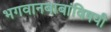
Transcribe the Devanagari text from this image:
भगवानबाबांविषयी